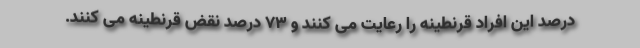
درصد این افراد قرنطینه را رعایت می کنند و ۷۳ درصد نقض قرنطینه می کنند.